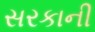
સરકાની